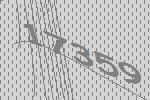
17359